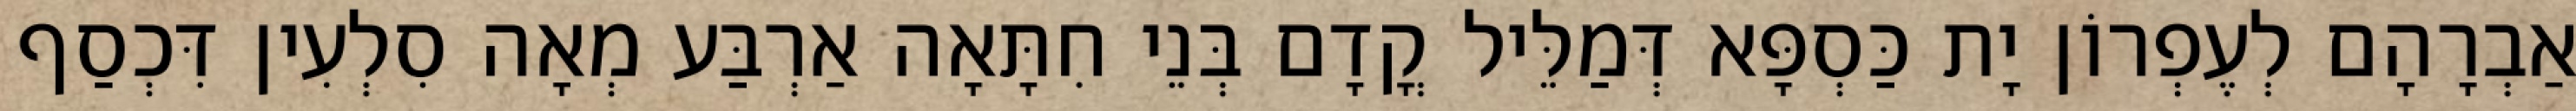
אַבְרָהָם לְעֶפְרוֹן יָת כַּסְפָּא דְּמַלֵּיל קֳדָם בְּנֵי חִתָּאָה אַרְבַּע מְאָה סִלְעִין דִּכְסַף